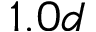
1 . 0 d